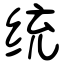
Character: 统